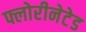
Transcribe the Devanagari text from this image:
फ्लोरीनेटेड